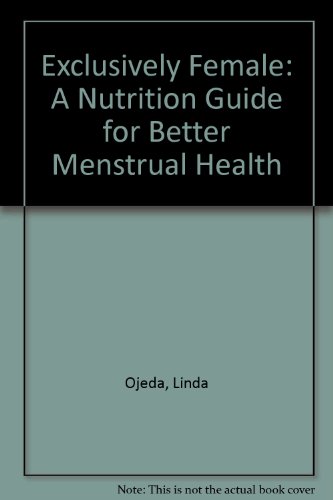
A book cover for Exclusively Female: A Nutrition Guide for Better Menstrual Health; Linda Ojeda; Health, Fitness & Dieting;